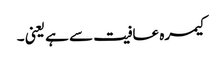
کیمرہ عافیت سے ہے یعنی ۔